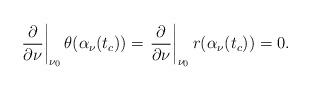
LaTeX: \begin{align*}\left.\frac{\partial}{\partial\nu}\right|_{\nu_0}\theta(\alpha_\nu(t_c))=\left.\frac{\partial}{\partial\nu}\right|_{\nu_0} r(\alpha_\nu(t_c))=0.\end{align*}